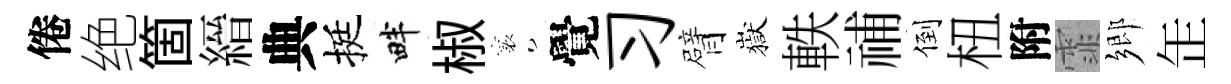
倦绝箇縉典挺畔椒襄覺习臂嶽軼𥙷倒杻附霏鄉𦈢